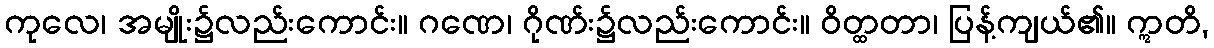
ကုလေ၊ အမျိုး၌လည်းကောင်း။ ဂဏေ၊ ဂိုဏ်း၌လည်းကောင်း။ ဝိတ္ထတာ၊ ပြန့်ကျယ်၏။ ဣတိ,